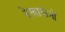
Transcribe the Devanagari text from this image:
रेखाकंनों